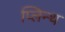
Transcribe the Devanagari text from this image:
प्लिन्थ